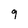
Character: 9